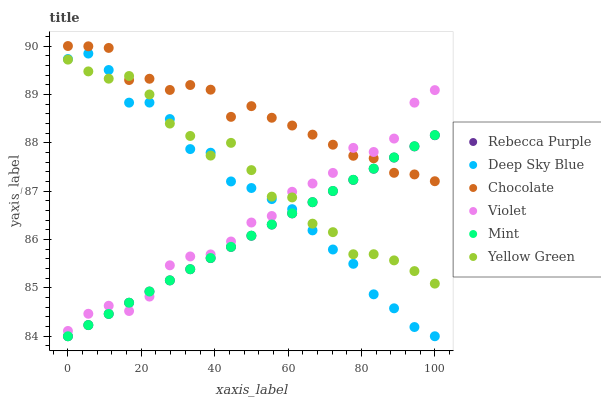
| xaxis_label | Rebecca Purple | Deep Sky Blue | Chocolate | Violet | Mint | Yellow Green |
 | --- | --- | --- | --- | --- | --- | --- |
 | 0 | 84 | 89.7 | 90 | 84.1 | 84 | 89.7 |
 | 5.56 | 84.2 | 89.8 | 90 | 84.5 | 84.2 | 89.5 |
 | 11.1 | 84.5 | 89.5 | 90 | 84.6 | 84.5 | 89.3 |
 | 16.7 | 84.7 | 88.8 | 89.3 | 84.5 | 84.7 | 89.4 |
 | 22.2 | 84.9 | 88.8 | 89.3 | 84.8 | 84.9 | 89 |
 | 27.8 | 85.2 | 88.5 | 89.1 | 85.5 | 85.2 | 88.4 |
 | 33.3 | 85.4 | 87.9 | 89.2 | 85.6 | 85.4 | 88.1 |
 | 38.9 | 85.6 | 87.8 | 89.1 | 85.7 | 85.6 | 87.7 |
 | 44.4 | 85.8 | 87.2 | 88.5 | 86 | 85.8 | 88 |
 | 50 | 86.1 | 87.1 | 88.8 | 86.4 | 86.1 | 87.4 |
 | 55.6 | 86.3 | 86.8 | 88.5 | 86.5 | 86.3 | 86.9 |
 | 61.1 | 86.5 | 86.6 | 88.4 | 87 | 86.5 | 86.9 |
 | 66.7 | 86.8 | 86.2 | 88.2 | 87.2 | 86.8 | 86.3 |
 | 72.2 | 87 | 85.8 | 88 | 87.4 | 87 | 86.2 |
 | 77.8 | 87.2 | 85.5 | 87.7 | 87.9 | 87.2 | 85.7 |
 | 83.3 | 87.5 | 84.9 | 87.7 | 87.8 | 87.5 | 85.7 |
 | 88.9 | 87.7 | 84.6 | 87.4 | 88.1 | 87.7 | 85.6 |
 | 94.4 | 87.9 | 84.2 | 87.3 | 88.8 | 87.9 | 85.3 |
 | 100 | 88.2 | 84 | 87.2 | 89.1 | 88.2 | 85.1 |